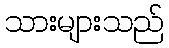
သားများသည်